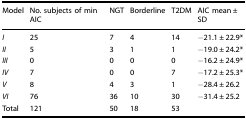
| Model | No. subjects of min AIC | NGT | Borderline | T2DM | AIC mean ± SD |
 | --- | --- | --- | --- | --- | --- |
 | I | 25 | 7 | 4 | 14 | −21.1 ± 22.9* |
 | II | 5 | 3 | 1 | 1 | −19.0 ± 24.2* |
 | III | 0 | 0 | 0 | 0 | −16.2 ± 24.9* |
 | IV | 7 | 0 | 0 | 7 | −17.2 ± 25.3* |
 | V | 8 | 4 | 3 | 1 | −28.4 ± 26.2 |
 | VI | 76 | 36 | 10 | 30 | −31.4 ± 25.2 |
 | Total | 121 | 50 | 18 | 53 |  |